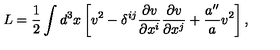
L = \frac { 1 } { 2 } \int d ^ { 3 } x \left[ v ^ { 2 } - \delta ^ { i j } \frac { \partial v } { \partial x ^ { i } } \frac { \partial v } { \partial x ^ { j } } + \frac { a ^ { \prime \prime } } { a } v ^ { 2 } \right] ,